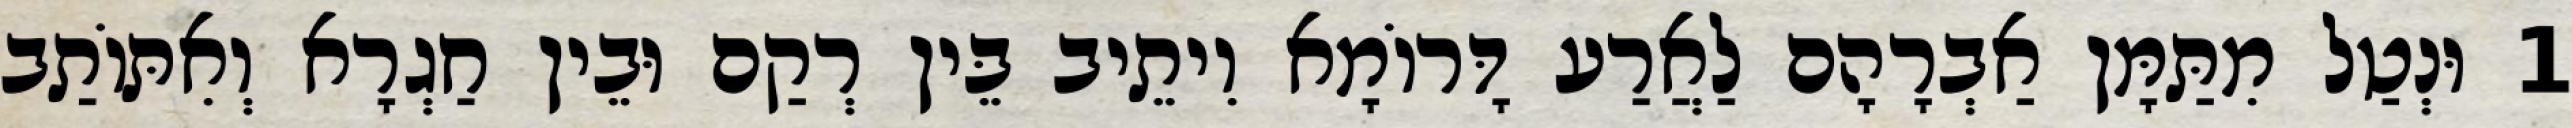
1 וּנְטַל מִתַּמָּן אַבְרָהָם לַאֲרַע דָּרוֹמָא וִיתֵיב בֵּין רְקַם וּבֵין חַגְרָא וְאִתּוֹתַב